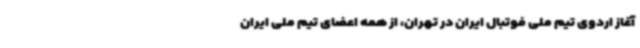
آغاز اردوی تیم ملی فوتبال ایران در تهران، از همه اعضای تیم ملی ایران